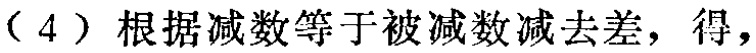
（4）根据减数等于被减数减去差，得，